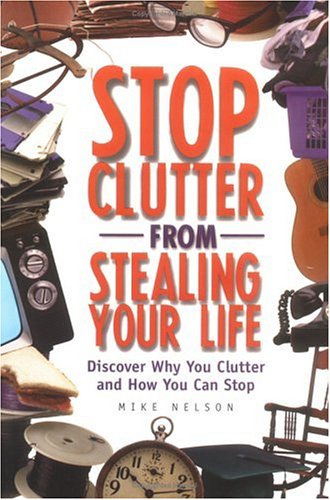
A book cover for Stop Clutter from Stealing Your Life: Discover Why You Clutter and How You Can Stop; Mike Nelson; Crafts, Hobbies & Home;